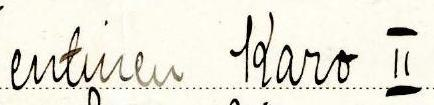
entinen Karo II